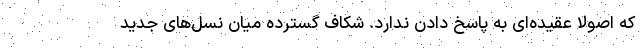
که اصولاً عقیده‌ای به پاسخ دادن ندارد. شکاف گسترده میان نسل‌های جدید